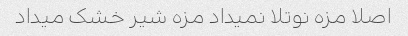
اصلا مزه نوتلا نمیداد مزه شیر خشک میداد